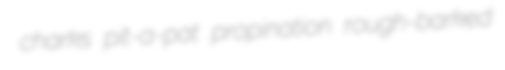
charks pit-a-pat propination rough-barked